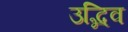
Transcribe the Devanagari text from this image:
उद्भिव